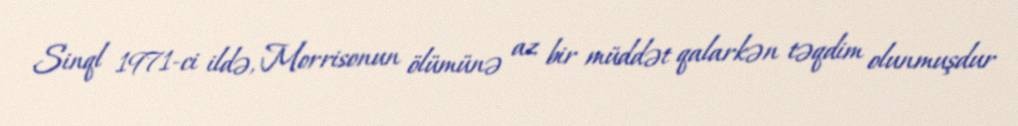
Sinql 1971-ci ildə, Morrisonun ölümünə az bir müddət qalarkən təqdim olunmuşdur